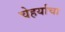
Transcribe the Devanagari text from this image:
चेहर्याचा